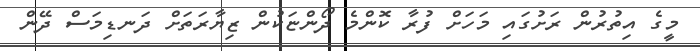
މީގެ އިތުރުން ރަށުގައި މަހަށް ފުރާ ކޮންމެ ދޯންޏަކުން ޒިޔާރަތަށް ދަނޑިމަސް ދޭން